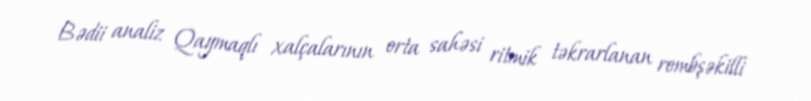
Bədii analiz Qaymaqlı xalçalarının orta sahəsi ritmik təkrarlanan rombşəkilli